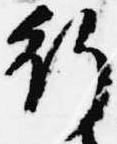
行